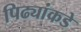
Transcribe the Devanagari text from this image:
पिढ्यांकडे